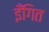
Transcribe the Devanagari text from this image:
इँगित